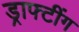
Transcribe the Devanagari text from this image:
ड्राफ्टींग